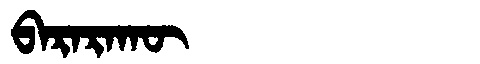
Manchu: ᠪᠠᡵᠠᡵᠠᡴᡡ
Romanization: BARARAKŪ